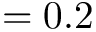
= 0 . 2